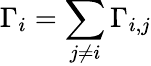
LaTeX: \Gamma_{i}=\sum_{j\neq i}\Gamma_{i,j}